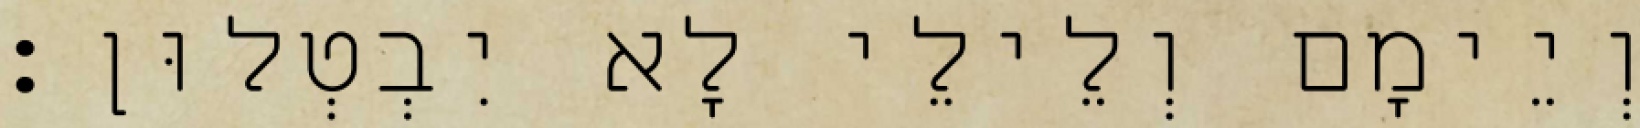
וְיֵימָם וְלֵילֵי לָא יִבְטְלוּן׃